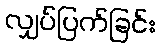
လျှပ်ပြက်ခြင်း